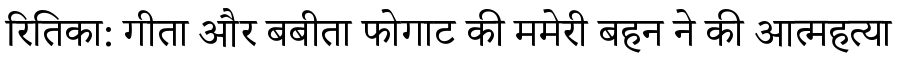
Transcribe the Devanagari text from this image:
रितिका: गीता और बबीता फोगाट की ममेरी बहन ने की आत्महत्या